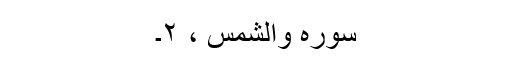
سورہ والشمس ، ۲۔